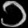
Digit: ၁